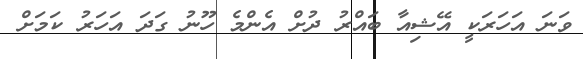
ވަނަ އަހަރަކީ އޭޝިއާ ބައްރު ދުށް އެންމެ ހޫނު ގަދަ އަހަރު ކަމަށް